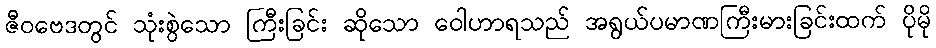
ဇီဝဗေဒတွင် သုံးစွဲသော ကြီးခြင်း ဆိုသော ဝေါဟာရသည် အရွယ်ပမာဏကြီးမားခြင်းထက် ပိုမို